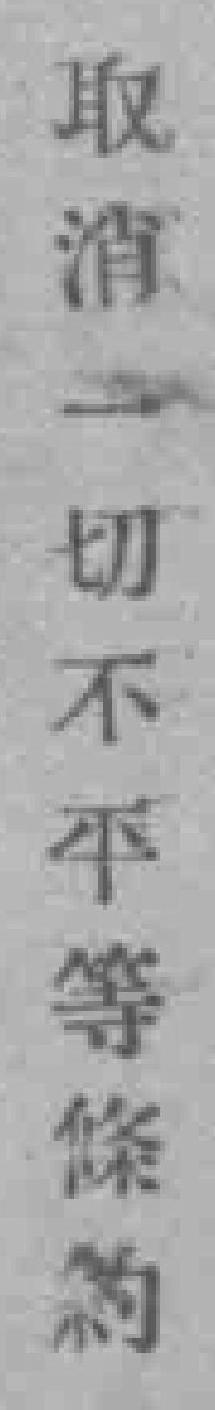
取消一切不平等條約